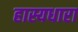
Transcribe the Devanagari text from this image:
हास्यधारा